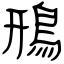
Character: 鳽